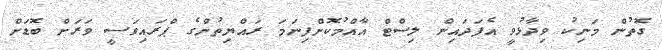
ގޮތުން މަނިކު ވިދާޅުވީ އެފަދައިން ލިސްޓް އާއްމުކޮށްފިނަމަ ރައްޔިތުންގެ ޕްރައިވަސީ ވަރަށް ބޮޑަށް